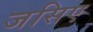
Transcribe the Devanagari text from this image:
जसिए